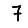
Digit: 7